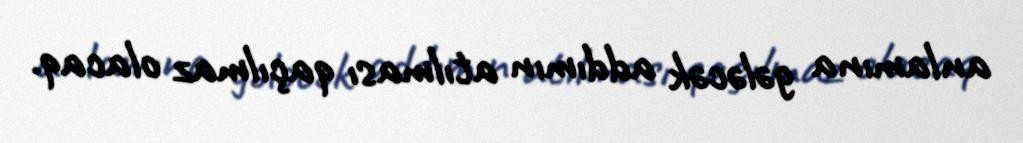
anlamına gələcək addımın atılması qaçılmaz olacaq.